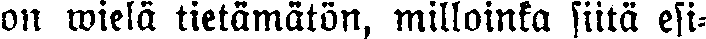
on wielä tietämätön, milloinka siitä esi-